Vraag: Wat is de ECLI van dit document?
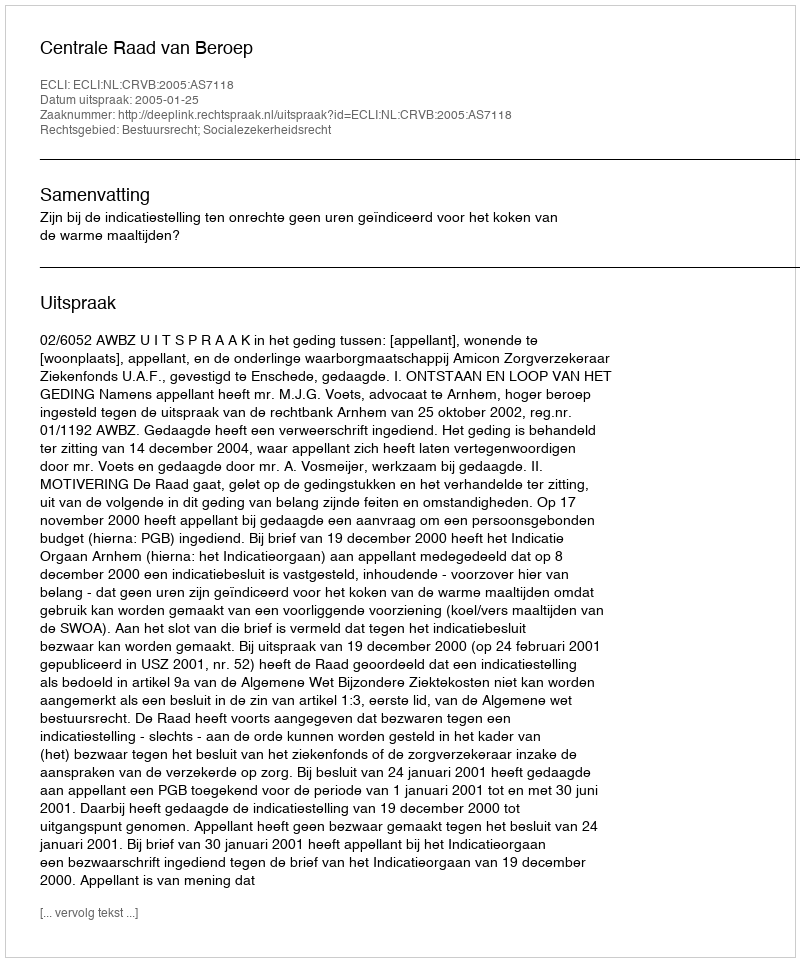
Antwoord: ECLI:NL:CRVB:2005:AS7118